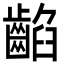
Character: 䶟